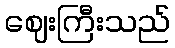
ဈေးကြီးသည်